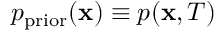
p _ { \mathrm { p r i o r } } ( \mathbf { x } ) \equiv p ( \mathbf { x } , T )